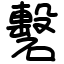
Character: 礊